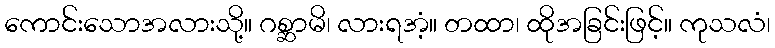
ကောင်းသောအလားသို့။ ဂစ္ဆာမိ၊ လားရအံ့။ တထာ၊ ထိုအခြင်းဖြင့်။ ကုသလံ၊